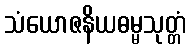
သံယောဇနိယဓမ္မသုတ္တံ